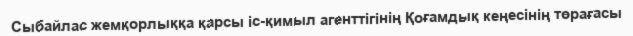
Сыбайлас жемқорлыққа қарсы іс-қимыл агенттігінің Қоғамдық кеңесінің төрағасы